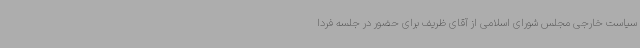
سیاست خارجی مجلس شورای اسلامی از آقای ظریف برای حضور در جلسه فردا